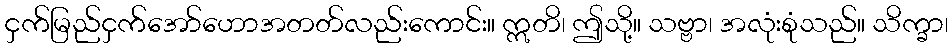
ငှက်မြည်ငှက်အော်ဟောအတတ်လည်းကောင်း။ ဣတိ၊ ဤသို့။ သဗ္ဗာ၊ အလုံးစုံသည်။ သိက္ခာ၊